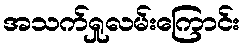
အသက်ရှုလမ်းကြောင်း